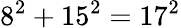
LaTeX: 8^{2}+15^{2}=17^{2}